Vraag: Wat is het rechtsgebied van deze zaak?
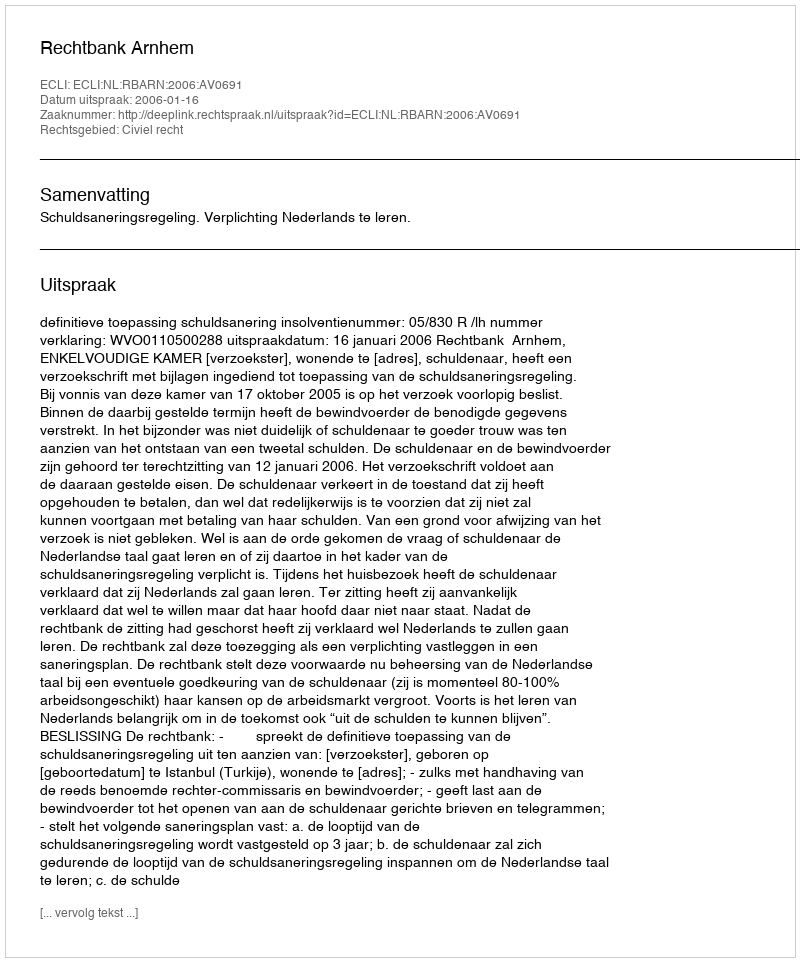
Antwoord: Civiel recht